King Institute of Preventive Medicine Micro-Biological Section reports 1912-19
Year: 1912
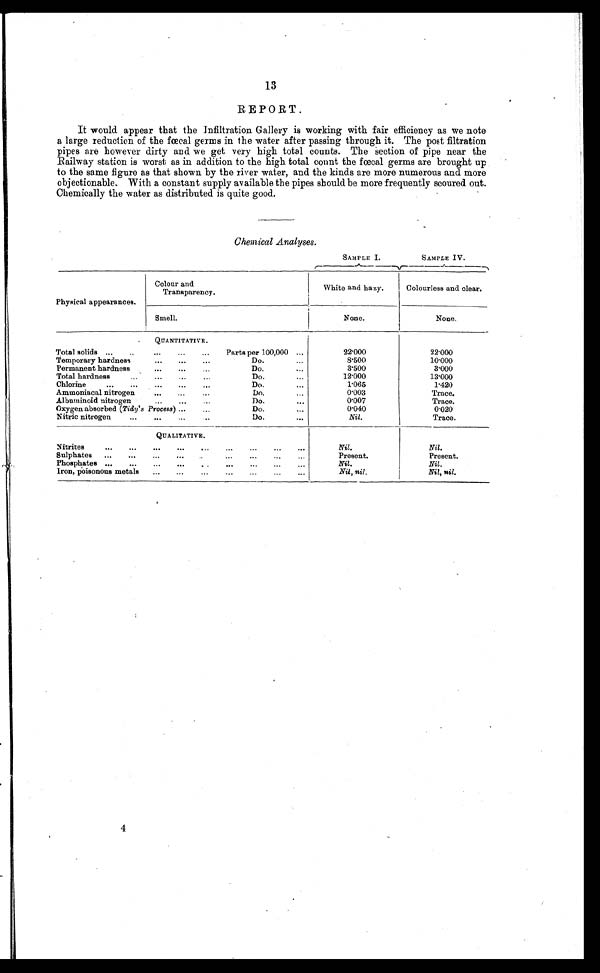
SAMPLE I.
SAMPLE IV.
13
REPORT.
It would appear that the Infiltration Gallery is working with fair efficiency as we note
a large reduction of the fœceal germs in the water after passing through it. The post filtration
pipes are however dirty and we get very high total counts. The section of pipe near the
Railway station is worst as in addition to the high total count the foecal germs are brought up
to the same figure as that shown by the river water, and the kinds are more numerous and more
objectionable. With a constant supply available the pipes should be more frequently scoured out.
Chemically the water as distributed is quite good.
Chemical Analyses.
Physical appearances.
Colour and
Transparency.
White and hazy.
Colourless and clear.
Smell.
None.
None.
QUANTITATIVE.
Total solids ...
..
...
...
...
Parts per 100,000 ...
22.000
22.000
Temporary hardness
...
...
...
Do.
...
8.500
10.000
Permanent hardness
...
...
...
Do.
...
3.500
3.000
Total hardness
...
...
...
Do.
...
12.000
13.000
Chlorine
...
...
...
...
Do.
...
1.065
1.420
Ammoniacal nitrogen
...
...
...
Do.
...
0.003
Trace.
Albnminoid nitrogen
...
...
...
Do.
...
0.007
Trace.
Oxygen absorbed (Tidy's Process) ...
...
Do.
...
0.040
0.020
Nitric nitrogen
...
...
...
Do.
...
Nil.
Trace.
QUALITATIVE.
Nitrites
...
...
...
...
...
...
...
...
Nil.
Nil.
Sulphates
...
...
...
...
...
...
...
..
Present.
Present.
Phosphates ...
...
...
...
..
...
...
...
...
Nil.
Nil.
Iron, poisonous metals
...
...
...
...
...
...
Nil, nil.
Nil, nil.